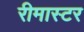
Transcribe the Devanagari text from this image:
रीमास्टर